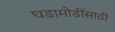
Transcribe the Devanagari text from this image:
घडामोडींसाठी